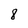
Character: 8